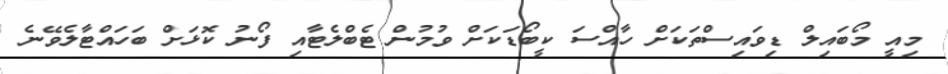
މިއީ މޯބައިލް ޑިވައިސްތަކަށް ހާއްސަ ކީބޯޑަކަށް ވުމުން ޓެބްލެޓާއި ފޯނު ކޮޅަށް ބަހައްޓާލެވޭނެ